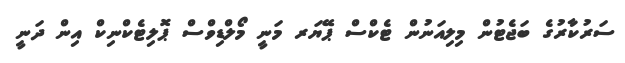
ސަރުކާރުގެ ބަޖެޓުން މިލިއަނުން ޓެކްސް ޕޭޔަރ މަނީ މޯލްޑިވްސް ޕޮލިޓެކްނިކް އިން ދަނީ